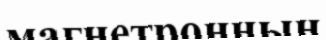
магнетронның